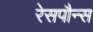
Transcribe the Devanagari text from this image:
रेसपौन्स